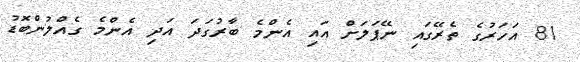
81 އަހަރުގެ ތެރޭގައި ނޭޕަލަށް އައި އެންމެ ބާރުގަދަ އަދި އެންމެ ގެއްލުންބޮޑު